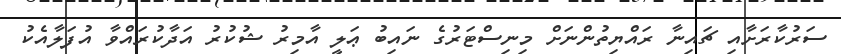
ސަރުކާރަށާއި ޗައިނާ ރައްޔިތުންނަށް މިނިސްޓަރުގެ ނައިބު ޢަލީ އާމިރު ޝުކުރު އަދާކުރައްވާ އުފަލާއެކު